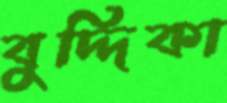
বুদ্দিকা